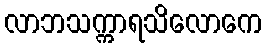
လာဘသက္ကာရသိလောကေ